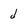
Character: j